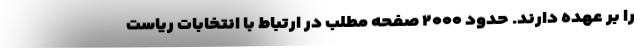
را بر عهده دارند. حدود ۲۰۰۰ صفحه مطلب در ارتباط با انتخابات ریاست